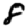
Digit: 8